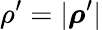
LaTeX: \rho^{\prime}=\vert\boldsymbol{\rho}^{\prime}\vert